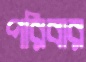
পরিবার